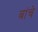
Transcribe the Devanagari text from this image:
बांचे